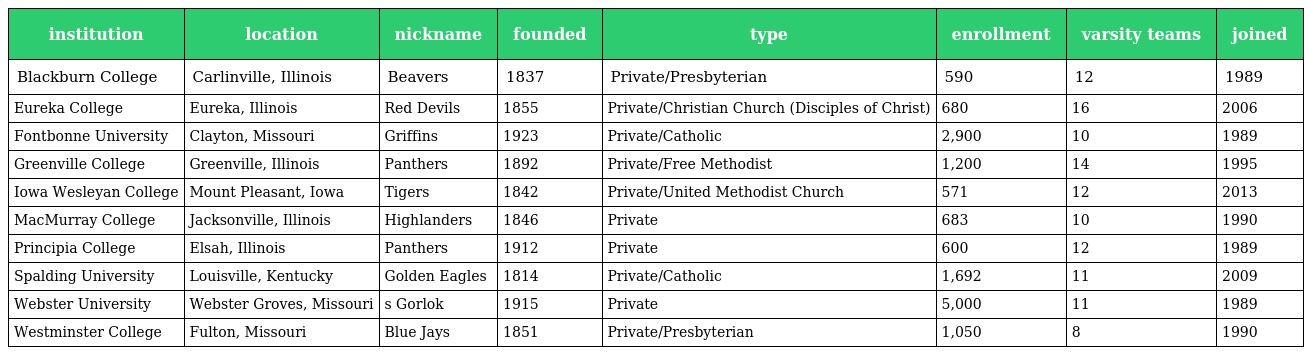
| institution | location | nickname | founded | type | enrollment | varsity teams | joined |
 | --- | --- | --- | --- | --- | --- | --- | --- |
 | Blackburn College | Carlinville, Illinois | Beavers | 1837 | Private/Presbyterian | 590 | 12 | 1989 |
 | Eureka College | Eureka, Illinois | Red Devils | 1855 | Private/Christian Church (Disciples of Christ) | 680 | 16 | 2006 |
 | Fontbonne University | Clayton, Missouri | Griffins | 1923 | Private/Catholic | 2,900 | 10 | 1989 |
 | Greenville College | Greenville, Illinois | Panthers | 1892 | Private/Free Methodist | 1,200 | 14 | 1995 |
 | Iowa Wesleyan College | Mount Pleasant, Iowa | Tigers | 1842 | Private/United Methodist Church | 571 | 12 | 2013 |
 | MacMurray College | Jacksonville, Illinois | Highlanders | 1846 | Private | 683 | 10 | 1990 |
 | Principia College | Elsah, Illinois | Panthers | 1912 | Private | 600 | 12 | 1989 |
 | Spalding University | Louisville, Kentucky | Golden Eagles | 1814 | Private/Catholic | 1,692 | 11 | 2009 |
 | Webster University | Webster Groves, Missouri | s Gorlok | 1915 | Private | 5,000 | 11 | 1989 |
 | Westminster College | Fulton, Missouri | Blue Jays | 1851 | Private/Presbyterian | 1,050 | 8 | 1990 |